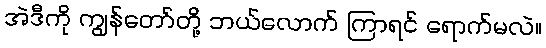
အဲဒီကို ကျွန်တော်တို့ ဘယ်လောက် ကြာရင် ရောက်မလဲ။